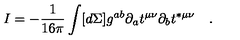
I = - \frac { 1 } { 1 6 \pi } \int [ d \Sigma ] g ^ { a b } \partial _ { a } t ^ { \mu \nu } \partial _ { b } t ^ { * \mu \nu } \quad .